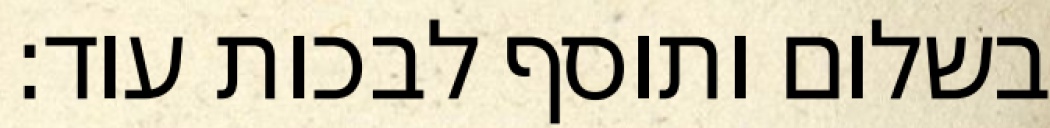
בשלום ותוסף לבכות עוד: